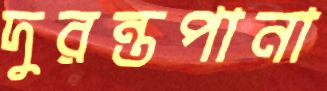
দুরন্তপানা